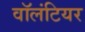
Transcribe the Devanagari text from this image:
वाॅलंटियर